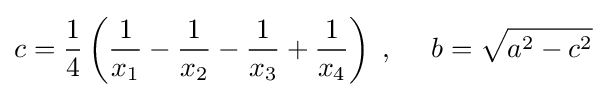
c={\frac {1}{4}}\left({\frac {1}{x_{1}}}-{\frac {1}{x_{2}}}-{\frac {1}{x_{3}}}+{\frac {1}{x_{4}}}\right)\;,\quad \ b={\sqrt {a^{2}-c^{2}}}\